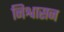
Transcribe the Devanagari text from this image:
निश्वासन